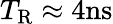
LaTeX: T_{\mathrm{R}}\approx 4\mathrm{ns}